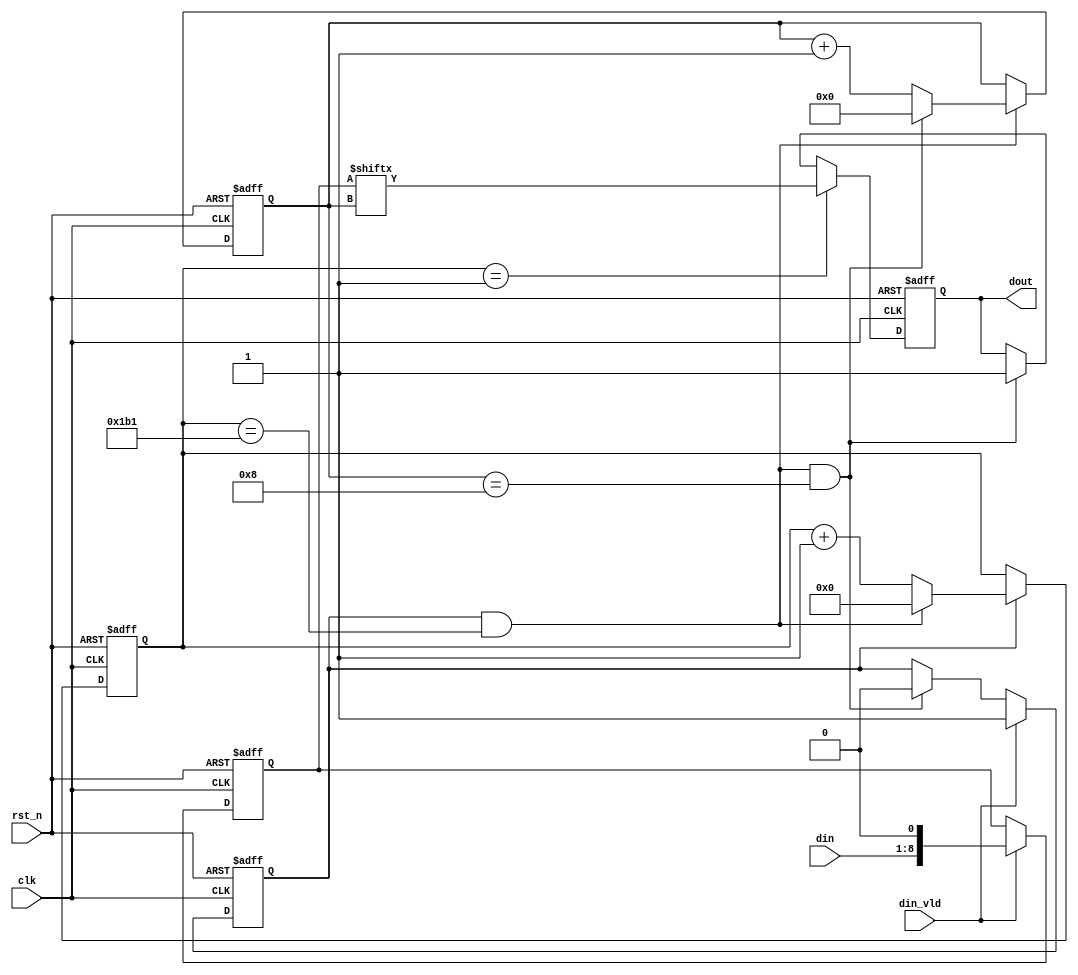
module uart_tx(
    input               clk     ,
    input               rst_n   ,
    input   [7:0]       din     ,
    input               din_vld ,
    output  reg         dout        
);
    //1. 2.bit 3.flag 4.data 5.

    parameter   BAUD = 434;

    reg     [8:0]       cnt_bsp     ;
    wire                add_cnt_bsp ;
    wire                end_cnt_bsp ;

    reg     [3:0]       cnt_bit     ;
    wire                add_cnt_bit ;
    wire                end_cnt_bit ;

    reg                 flag        ;
    reg     [8:0]       data        ;

    always @(posedge clk or negedge rst_n)begin 
        if(!rst_n)begin
            cnt_bsp <= 0;
        end 
        else if(add_cnt_bsp)begin 
            if(end_cnt_bsp)begin 
                cnt_bsp <= 0;
            end
            else begin 
                cnt_bsp <= cnt_bsp + 1;
            end 
        end
        else begin 
            cnt_bsp <= cnt_bsp;
        end 
    end 
    assign add_cnt_bsp = flag;
    assign end_cnt_bsp = add_cnt_bsp && cnt_bsp == BAUD - 1;

    always @(posedge clk or negedge rst_n)begin 
        if(!rst_n)begin
            cnt_bit <= 0;
        end 
        else if(add_cnt_bit)begin 
            if(end_cnt_bit)begin 
                cnt_bit <= 0;
            end
            else begin 
                cnt_bit <= cnt_bit + 1;
            end 
        end
        else begin 
            cnt_bit <= cnt_bit;
        end 
    end 
    assign add_cnt_bit = end_cnt_bsp;
    assign end_cnt_bit = add_cnt_bit && cnt_bit == 8 ;

    always @(posedge clk or negedge rst_n)begin
        if(!rst_n)begin
            flag <= 1'b0;
        end
        else if(din_vld)begin
            flag <= 1'b1;
        end
        else if(end_cnt_bit)begin
            flag <= 1'b0;
        end
        else begin
            flag <= flag;
        end
    end

    always @(posedge clk or negedge rst_n)begin
        if(!rst_n)begin
            data <= 9'h1ff;
        end
        else if(din_vld)begin
            data <= {din,1'b0};  //
        end
        else begin
            data <= data;
        end
    end

    always @(posedge clk or negedge rst_n)begin
        if(!rst_n)begin
            dout <= 1'b1;
        end
        else if(cnt_bsp == 1)begin
            dout <= data[cnt_bit];  // LSB
        end
        else if(end_cnt_bit)begin
            dout <= 1'b1;
        end
        else begin
            dout <= dout;
        end
    end


endmodule